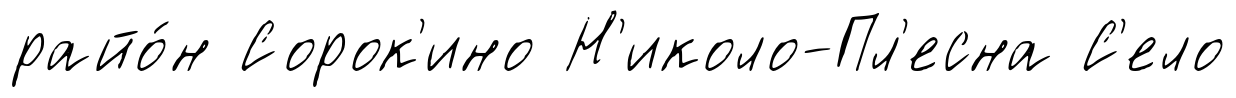
райо́н Сорок'ино Н'иколо-Пл'есна С'ело